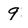
Character: 9